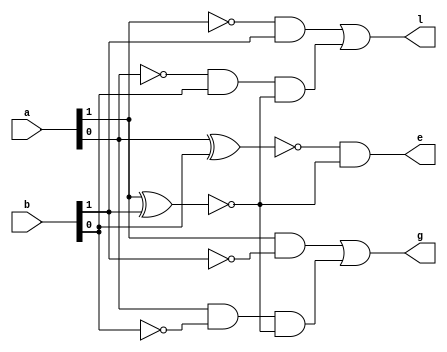
`timescale 1ns / 1ps
//////////////////////////////////////////////////////////////////////////////////
// Company: 
// Engineer: 
// 
// Design Name: 
// Module Name: Day11_Comparator
// Project Name: 
// Target Devices: 
// Tool Versions: 
// Description: 
// 
// Dependencies: 
// 
// Revision:
// Revision 0.01 - File Created
// Additional Comments:
// 
//////////////////////////////////////////////////////////////////////////////////


module Comparator (
    input [1:0] a,
    input [1:0] b,
    output e,
    output g,
    output l
);
    wire eq0, eq1, eq;
    wire gr0, gr1, gt;
    wire ls0, ls1, lt;

    // If all XOR results are zero, indicating that the numbers are equal
    assign eq0 = ~(a[0] ^ b[0]);
    assign eq1 = ~(a[1] ^ b[1]);
    assign eq = eq0 & eq1;
    assign e = eq;

    // Determine if a is greater than b
    assign gr0 = a[1] & ~b[1];
    assign gr1 = (a[0] & ~b[0]) & eq1;
    assign g = gr0 | gr1;

    // Determine if a is less than b
    assign ls0 = ~a[1] & b[1];
    assign ls1 = (~a[0] & b[0]) & eq1;
    assign l = ls0 | ls1;

endmodule